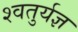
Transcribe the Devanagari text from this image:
श्वतुर्यज्ञ